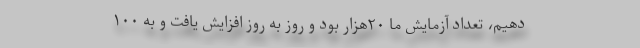
دهیم، تعداد آزمایش ما ۲۰هزار بود و روز به روز افزایش یافت و به ۱۰۰